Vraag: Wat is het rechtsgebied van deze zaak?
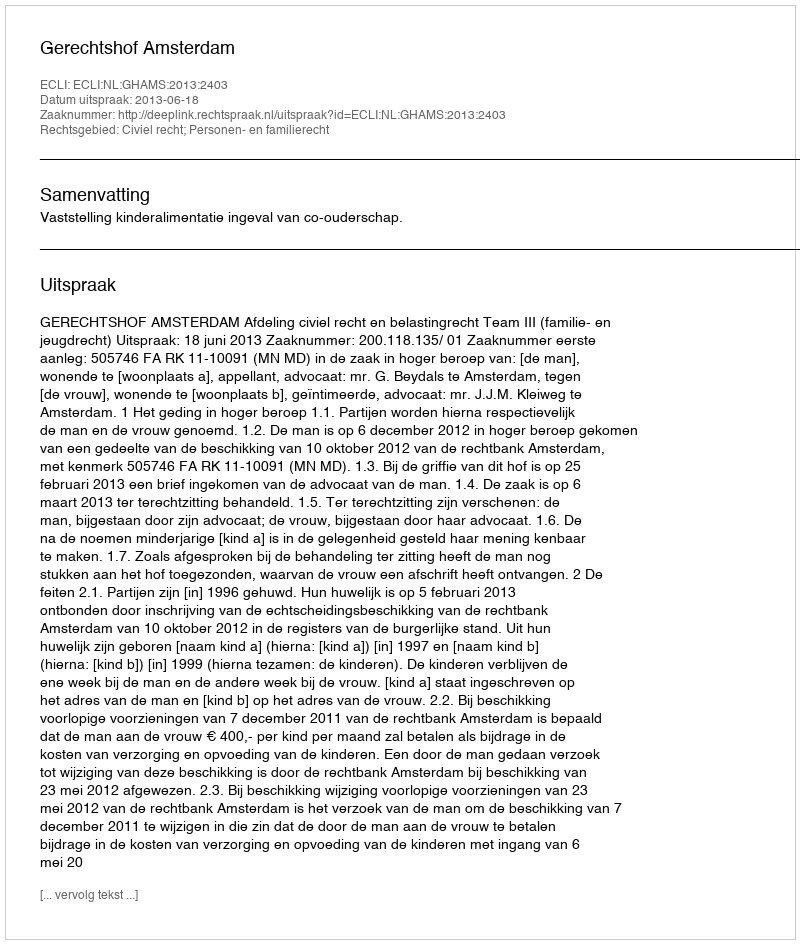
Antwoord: Civiel recht; Personen- en familierecht